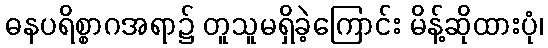
ဓနပရိစ္စာဂအရာ၌ တူသူမရှိခဲ့ကြောင်း မိန့်ဆိုထားပုံ၊